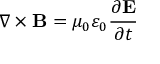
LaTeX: \nabla \times \mathbf { B } = \mu _ { 0 } \varepsilon _ { 0 } { \frac { \partial \mathbf { E } } { \partial t } }